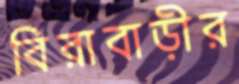
বিরাবাড়ীর